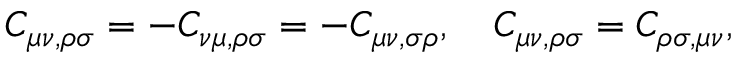
C _ { \mu \nu , \rho \sigma } = - C _ { \nu \mu , \rho \sigma } = - C _ { \mu \nu , \sigma \rho } , \quad C _ { \mu \nu , \rho \sigma } = C _ { \rho \sigma , \mu \nu } ,